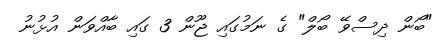
"ބޯން ދިސްވޭ ބޯލް" ގެ ނަމުގައި ޖޫން 3 ގައި ބާއްވަން އުޅުނު